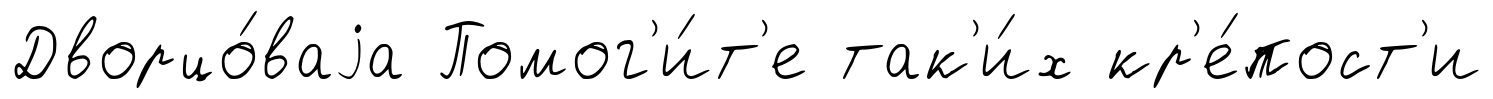
Дворцо́ваjа Помог'и́т'е так'и́х кр'е́пост'и